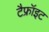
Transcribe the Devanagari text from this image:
टैफ्रॉइट